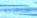
كاميل